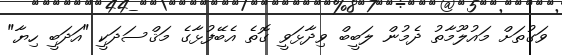
ވަގުތަށް މައުލޫމާތު ދެމުން ލަބީބް ވިދާޅަވީ ގޮތެ އެބޭފުޅާގެ މަޤްސަދަކީ "އަދަބީ ހިޔާ"